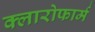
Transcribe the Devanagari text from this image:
क्लारोफार्म